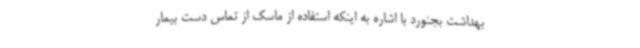
بهداشت بجنورد با اشاره به اینکه استفاده از ماسک‌ از تماس دست بیمار